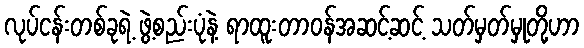
လုပ်ငန်းတစ်ခုရဲ့ ဖွဲ့စည်းပုံနဲ့ ရာထူးတာဝန်အဆင့်ဆင့် သတ်မှတ်မှုတို့ဟာ